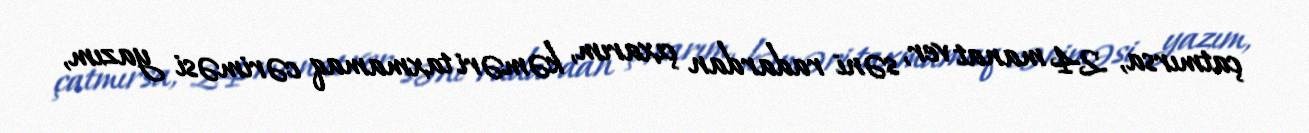
çatmırsa, 24 manat ver, səni radardan çıxarım, kəməri taxmamaq cəriməsi yazım,